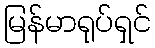
မြန်မာရုပ်ရှင်